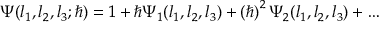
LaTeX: \Psi ( l _ { 1 } , l _ { 2 } , l _ { 3 } ; \hbar ) = 1 + { \hbar } \Psi _ { 1 } ( l _ { 1 } , l _ { 2 } , l _ { 3 } ) + \left( \hbar \right) ^ { 2 } \Psi _ { 2 } ( l _ { 1 } , l _ { 2 } , l _ { 3 } ) + \ldots